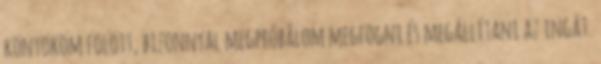
könyököm fölött, bizonnyal megpróbálom megfogni és megállítani az ingát.